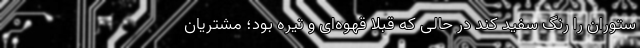
ستوران را رنگ سفید کند در حالی که قبلا قهوه‌ای و تیره بود؛ مشتریان